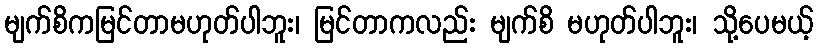
မျက်စိကမြင်တာမဟုတ်ပါဘူး၊ မြင်တာကလည်း မျက်စိ မဟုတ်ပါဘူး၊ သို့ပေမယ့်